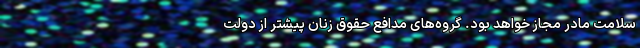
سلامت مادر مجاز خواهد بود. گروه‌های مدافع حقوق زنان پیشتر از دولت